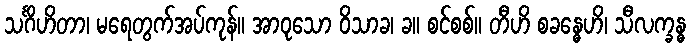
သင်္ဂိဟိတာ၊ မရေတွက်အပ်ကုန်။ အာဝုသော ဝိသာခ၊ ခ။ စင်စစ်။ တီဟိ စခန္ဓေဟိ၊ သီလက္ခန္ဓ